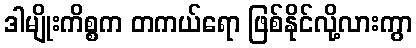
ဒါမျိုးကိစ္စက တကယ်ရော ဖြစ်နိုင်လို့လားကွာ